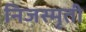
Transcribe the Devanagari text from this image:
निजस्मृती